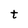
Character: t